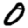
Digit: 0